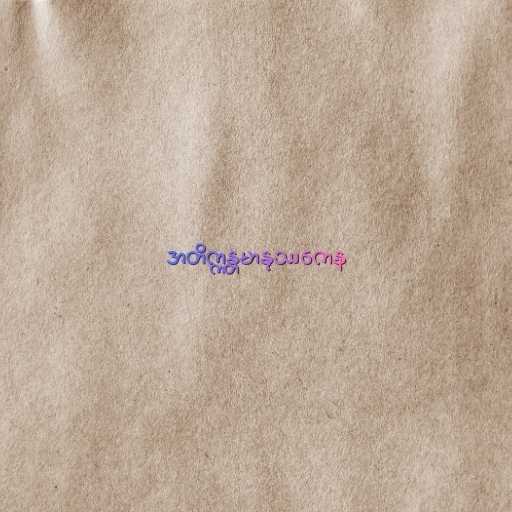
အတိက္ကန္တမာနုဿကေန